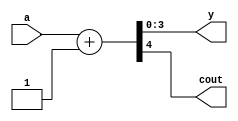
module increment (a, y, cout);

input [3:0] a;
output [3:0] y;
output cout;

assign {cout, y} = a + 1;

endmodule